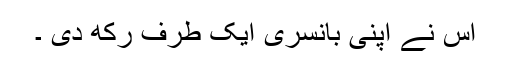
اس نے اپنی بانسری ایک طرف رکھ دی ۔